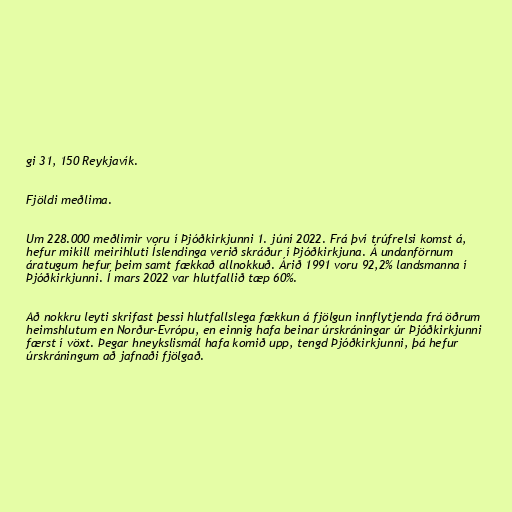
gi 31, 150 Reykjavík.

Fjöldi meðlima.

Um 228.000 meðlimir voru í Þjóðkirkjunni 1. júní 2022. Frá því trúfrelsi komst á,
hefur mikill meirihluti Íslendinga verið skráður í Þjóðkirkjuna. Á undanförnum
áratugum hefur þeim samt fækkað allnokkuð. Árið 1991 voru 92,2% landsmanna í
Þjóðkirkjunni. Í mars 2022 var hlutfallið tæp 60%.

Að nokkru leyti skrifast þessi hlutfallslega fækkun á fjölgun innflytjenda frá öðrum
heimshlutum en Norður-Evrópu, en einnig hafa beinar úrskráningar úr Þjóðkirkjunni
færst í vöxt. Þegar hneykslismál hafa komið upp, tengd Þjóðkirkjunni, þá hefur
úrskráningum að jafnaði fjölgað.